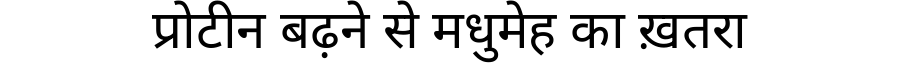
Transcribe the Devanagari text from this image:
प्रोटीन बढ़ने से मधुमेह का ख़तरा